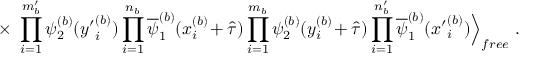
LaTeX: \times \; \prod _ { i = 1 } ^ { m _ { b } ^ { \prime } } \psi _ { 2 } ^ { ( b ) } ( { y ^ { \prime } } _ { i } ^ { ( b ) } ) \prod _ { i = 1 } ^ { n _ { b } } \overline { { { \psi } } } _ { 1 } ^ { ( b ) } ( x _ { i } ^ { ( b ) } \! + \hat { \tau } ) \prod _ { i = 1 } ^ { m _ { b } } \psi _ { 2 } ^ { ( b ) } ( y _ { i } ^ { ( b ) } \! + \hat { \tau } ) \prod _ { i = 1 } ^ { n _ { b } ^ { \prime } } \overline { { { \psi } } } _ { 1 } ^ { ( b ) } ( { x ^ { \prime } } _ { i } ^ { ( b ) } ) \Big \rangle _ { f r e e } \; .